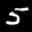
Label: 5